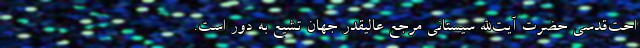
احت‌قدسی حضرت آیت‌الله سیستانی مرجع عالیقدر جهان تشیع به دور است.